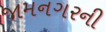
જામનગરની